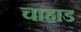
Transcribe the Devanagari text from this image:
चाहाड